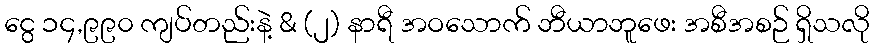
ငွေ ၁၄,၉၉၀ ကျပ်တည်းနဲ့ & (၂) နာရီ အဝသောက် ဘီယာဘူဖေး အစီအစဉ် ရှိသလို